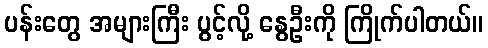
ပန်းတွေ အများကြီး ပွင့်လို့ နွေဦးကို ကြိုက်ပါတယ်။